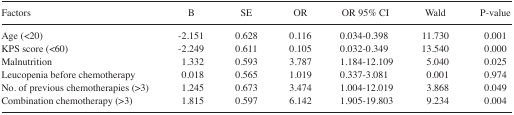
<table><thead><tr><td><b>Factors</b></td><td><b>B</b></td><td><b>SE</b></td><td><b>OR</b></td><td><b>OR 95% CI</b></td><td><b>Wald</b></td><td><b>P-value</b></td></tr></thead><tbody><tr><td>Age (&lt;20)</td><td>−2.151</td><td>0.628</td><td>0.116</td><td>0.034–0.398</td><td>11.730</td><td>0.001</td></tr><tr><td>KPS score (&lt;60)</td><td>−2.249</td><td>0.611</td><td>0.105</td><td>0.032–0.349</td><td>13.540</td><td>0.000</td></tr><tr><td>Malnutrition</td><td>1.332</td><td>0.593</td><td>3.787</td><td>1.184–12.109</td><td>5.040</td><td>0.025</td></tr><tr><td>Leucopenia before chemotherapy</td><td>0.018</td><td>0.565</td><td>1.019</td><td>0.337–3.081</td><td>0.001</td><td>0.974</td></tr><tr><td>No. of previous chemotherapies (&gt;3)</td><td>1.245</td><td>0.673</td><td>3.474</td><td>1.004–12.019</td><td>3.868</td><td>0.049</td></tr><tr><td>Combination chemotherapy (&gt;3)</td><td>1.815</td><td>0.597</td><td>6.142</td><td>1.905–19.803</td><td>9.234</td><td>0.004</td></tr></tbody></table>